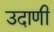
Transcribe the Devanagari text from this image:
उदाणी